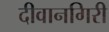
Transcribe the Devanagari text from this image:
दीवानगिरी